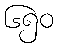
၆၅၀